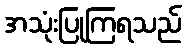
အသုံးပြုကြရသည်